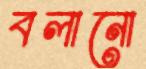
বলানো